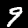
Label: 9